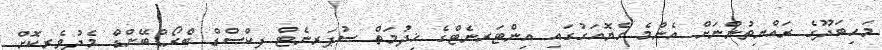
މަހިބަދޫގެ ރައްޔިތުންނަށް އެންމެ ހެޔޮއަގުގައި އިންޓަރނެޓްގެ ޚިދުމަތް ސުޕަރނެޓް ފިކްސްޑް ބްރޯޑްބޭންޑް މެދުވެރިކޮށް